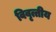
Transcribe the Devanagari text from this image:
विवृत्तीय